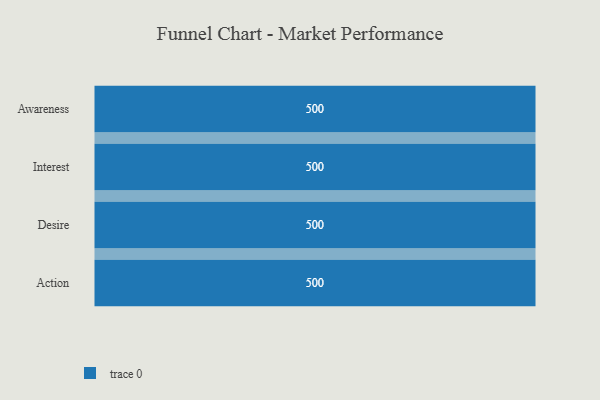
{"axis": {"x": "Stage", "y": "Value"}, "legend": [""], "data": [{"x": "Awareness", "y": 500, "type": ""}, {"x": "Interest", "y": 500, "type": ""}, {"x": "Desire", "y": 500, "type": ""}, {"x": "Action", "y": 500, "type": ""}]}